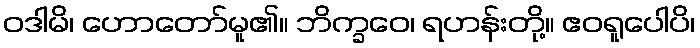
ဝဒါမိ၊ ဟောတော်မူ၏။ ဘိက္ခဝေ၊ ရဟန်းတို့။ ဧဝရူပေါပိ၊